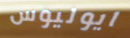
ايوليوس